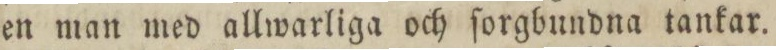
en man med allwarliga och ſorgbundna tankar.